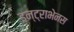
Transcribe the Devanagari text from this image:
इन्ट्राभेनस